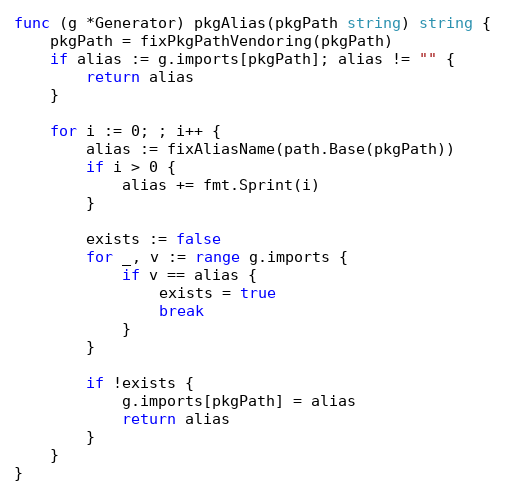
Language: Go
func (g *Generator) pkgAlias(pkgPath string) string {
	pkgPath = fixPkgPathVendoring(pkgPath)
	if alias := g.imports[pkgPath]; alias != "" {
		return alias
	}

	for i := 0; ; i++ {
		alias := fixAliasName(path.Base(pkgPath))
		if i > 0 {
			alias += fmt.Sprint(i)
		}

		exists := false
		for _, v := range g.imports {
			if v == alias {
				exists = true
				break
			}
		}

		if !exists {
			g.imports[pkgPath] = alias
			return alias
		}
	}
}